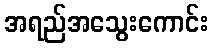
အရည်အသွေးကောင်း